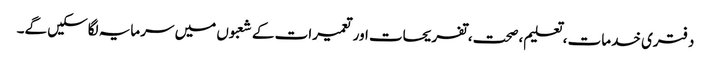
دفتری خدمات ، تعلیم، صحت، تفریحات اور تعمیرات کے شعبوں میں سرمایہ لگاسکیں گے۔